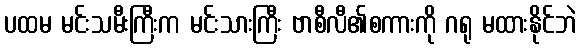
ပထမ မင်းသမီးကြီးက မင်းသားကြီး ဗာစီလီ၏စကားကို ဂရု မထားနိုင်ဘဲ